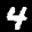
Label: 4